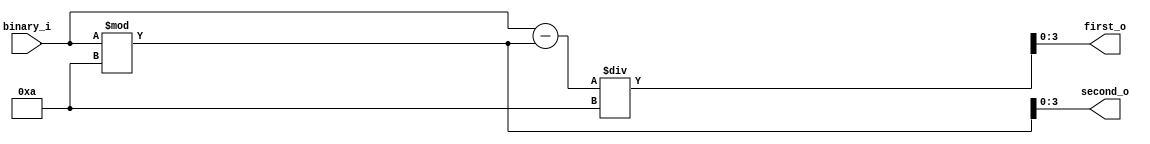
`timescale 1ns / 1ps
//////////////////////////////////////////////////////////////////////////////////
// Company: 
// Engineer: 
// 
// Design Name: 
// Module Name: binary_bcd_decoder
// Project Name: 
// Target Devices: 
// Tool Versions: 
// Description: 
// 
// Dependencies: 
// 
// Revision:
// Revision 0.01 - File Created
// Additional Comments:
// 
//////////////////////////////////////////////////////////////////////////////////


module binary_bcd_converter(binary_i, first_o, second_o);
    input [5:0]binary_i;
    output reg [3:0]first_o;
    output reg [3:0]second_o;
    
    
    always@(binary_i) begin
        second_o <= binary_i % 4'd10;
        first_o <= (binary_i - (binary_i % 4'd10))/4'd10;
    end
    

endmodule